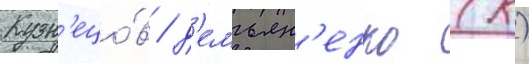
Кузн'ецо́в / д'емьян'енко (к)